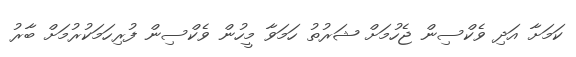
ކަމަށާ އަދި ވެކްސިން ޖެހުމަށް ޝަރުތު ހަމަވާ މީހުން ވެކްސިން ފުރިހަމަކުރުމަށް ބާރު